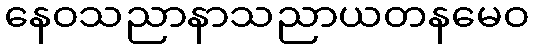
နေဝသညာနာသညာယတနမေဝ